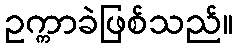
ဥက္ကာခဲဖြစ်သည်။